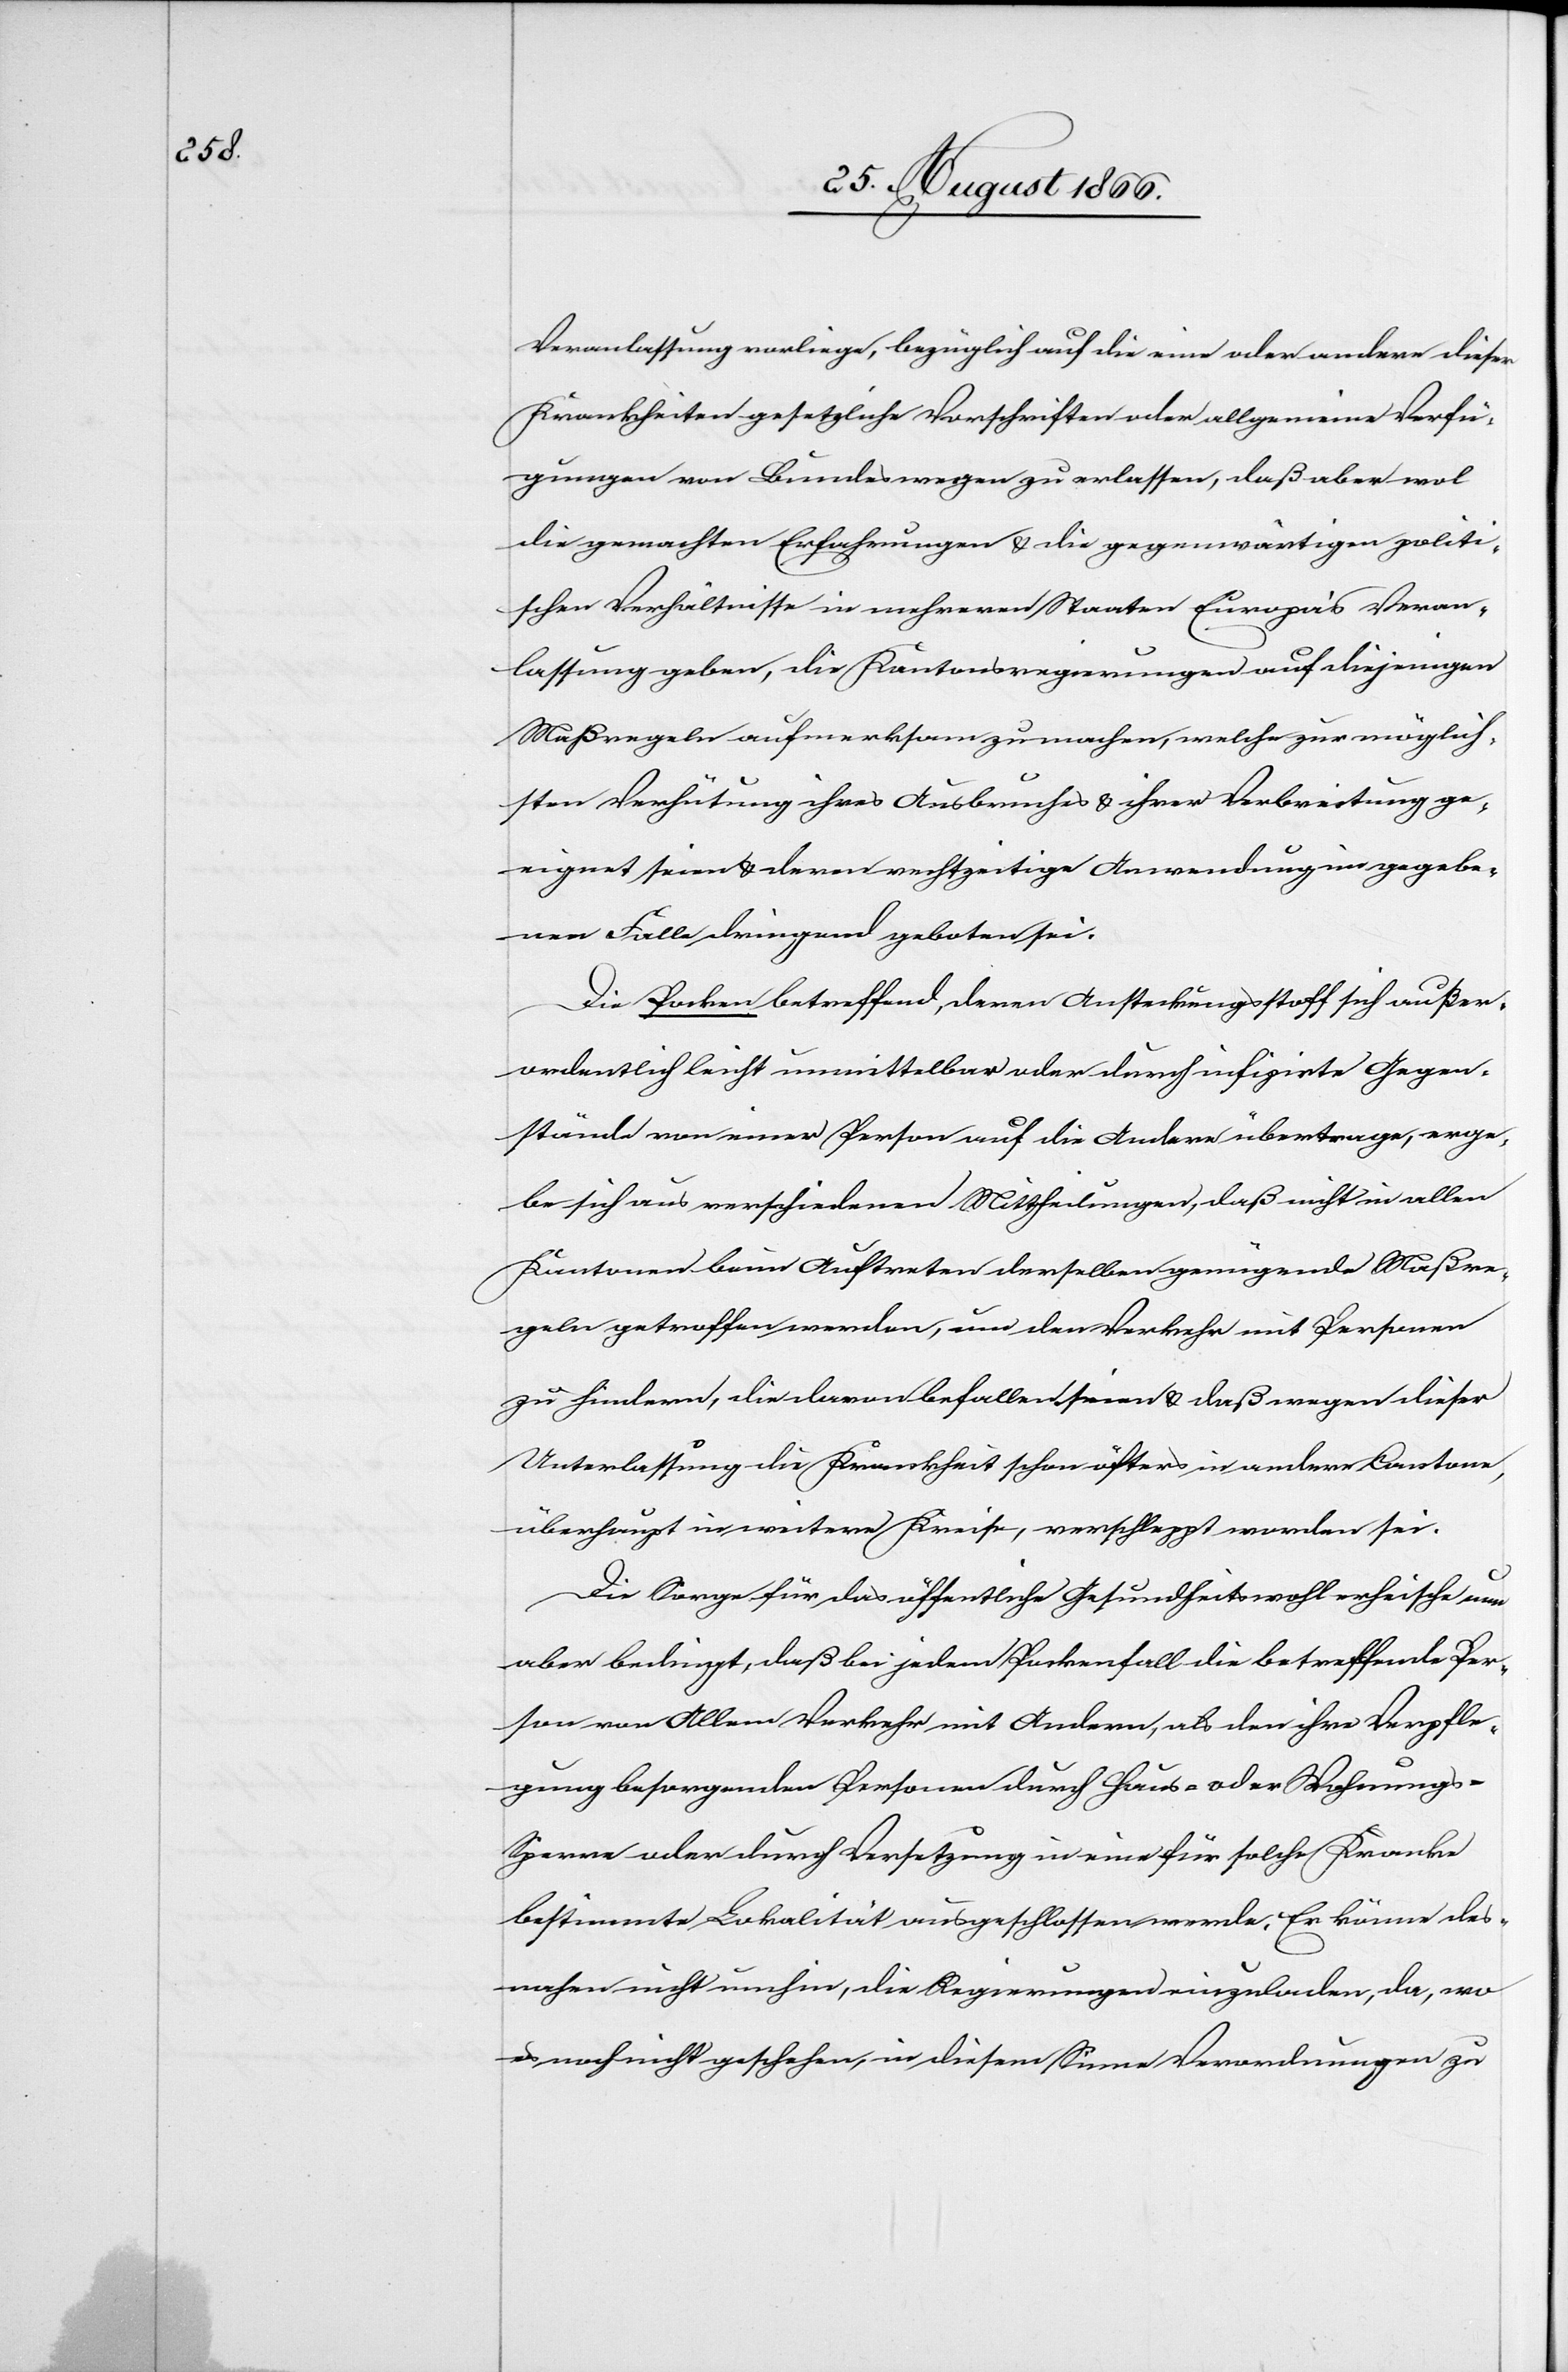
Veranlassung vorliege, bezüglich auf die eine oder andere dieser
Krankheiten gesetzliche Vorschriften oder allgemeine Verfü¬
gungen von Bundeswegen zu erlassen, daß aber wol
die gemachten Erfahrungen u. die gegenwärtigen politi¬
schen Verhältnisse in mehreren Staaten Europas Veran¬
lassung geben, die Kantonsregierungen auf diejenigen
Maßregeln aufmerksam zu machen, welche zur möglich¬
sten Verhütung ihres Ausbruches u. ihrer Verbreitung ge¬
eignet seien u. deren rechtzeitige Anwendung im gegebe¬
nen Falle dringend geboten sei.
Die Pocken betreffend, deren Ansteckungsstoff sich außer¬
ordentlich leicht unmittelbar oder durch infizirte Gegen¬
stände von einer Person auf die Andere übertrage, erge¬
be sich aus verschiedenen Mittheilungen, daß nicht in allen
Kantonen beim Auftreten derselben genügende Maßre¬
geln getroffen werden, um den Verkehr mit Personen
zu hindern, die davon befallen seien u. daß wegen dieser
Unterlassung die Krankheit schon öfter in andere Cantone,
überhaupt in weitere Kreise, verschleppt worden sei.
Die Sorge für das öffentliche Gesundheitswohl erheische nun
aber [un]bedingt, daß bei jedem Pockenfall die betreffende Per¬
son von Allem Verkehr mit Andern, als den ihre Verpfle¬
gung besorgenden Personen durch Haus- oder Wohnungs-S¬
perre oder durch Versetzung in eine für solche Kranke
bestimmte Lokalität ausgeschlossen werde. Er könne des¬
nahen nicht umhin, die Regierungen einzuladen, da, wo
es noch nicht geschehen, in diesem Sinne Verordnungen zu